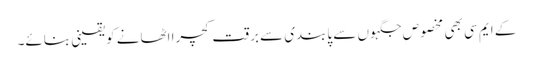
کے ایم سی بھی مخصوص جگہوں سے پابندی سے برقت کچرا اٹھانے کویقینی بنائے۔